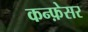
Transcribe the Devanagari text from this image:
कन्फ़ेसर